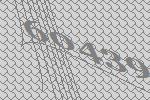
60439